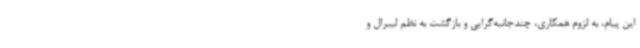
این پیام، به لزوم همکاری، چندجانبه‌گرایی و بازگشت به نظم لیبرال و